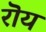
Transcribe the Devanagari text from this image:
रॊय